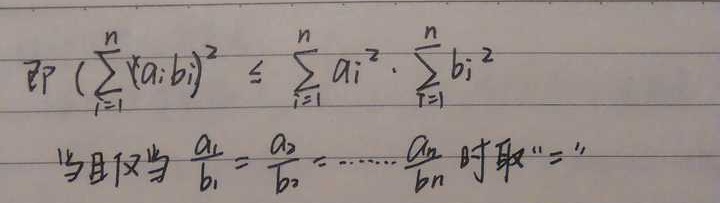
即\((\sum_{i = 1}^{n}a_{i}b_{i})^{2}\leq\sum_{i = 1}^{n}a_{i}^{2}\cdot\sum_{i = 1}^{n}b_{i}^{2}\)当且仅当\(\frac{a_{1}}{b_{1}}=\frac{a_{2}}{b_{2}}=\cdots=\frac{a_{n}}{b_{n}}\)时取“\(=\)”